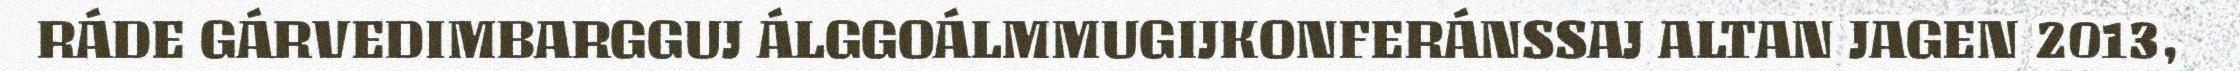
RÁDE GÁRVEDIMBARGGUJ ÁLGGOÁLMMUGIJKONFERÁNSSAJ ALTAN JAGEN 2013,